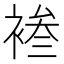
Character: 𫌄